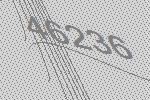
46236